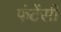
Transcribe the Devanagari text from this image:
फंटेंसी